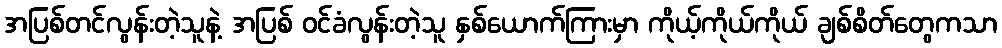
အပြစ်တင်လွန်းတဲ့သူနဲ့ အပြစ် ဝင်ခံလွန်းတဲ့သူ နှစ်ယောက်ကြားမှာ ကိုယ့်ကိုယ်ကိုယ် ချစ်စိတ်တွေကသာ